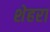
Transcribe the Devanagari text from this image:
शेहरा